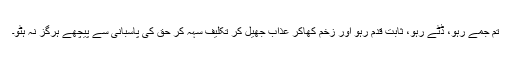
تم جمے رہو، ڈٹے رہو، ثابت قدم رہو اور زخم کھاکر عذاب جھیل کر تکلیف سہہ کر حق کی پاسبانی سے پیچھے ہرگز نہ ہٹو۔